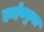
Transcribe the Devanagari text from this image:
हाईस्कुल